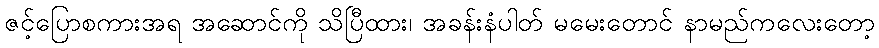
ဇင့်ပြောစကားအရ အဆောင်ကို သိပြီထား၊ အခန်းနံပါတ် မမေးတောင် နာမည်ကလေးတော့